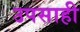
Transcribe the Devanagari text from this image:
उपसाही